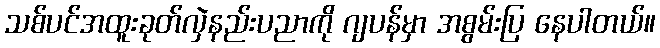
သစ်ပင်အထူးခုတ်လှဲနည်းပညာကို ဂျပန်မှာ အစွမ်းပြ နေပါတယ်။